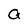
Character: a